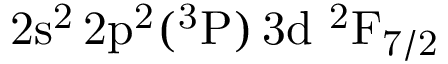
\mathrm { 2 s ^ { 2 } \, 2 p ^ { 2 } ( ^ { 3 } P ) \, 3 d ~ ^ { 2 } F _ { 7 / 2 } }